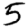
Digit: 5